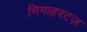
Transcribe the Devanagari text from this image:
गिगाहरटज़